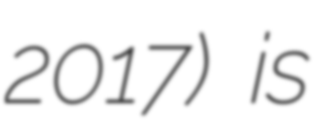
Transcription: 2017) is